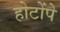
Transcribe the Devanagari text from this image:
होटोंपे